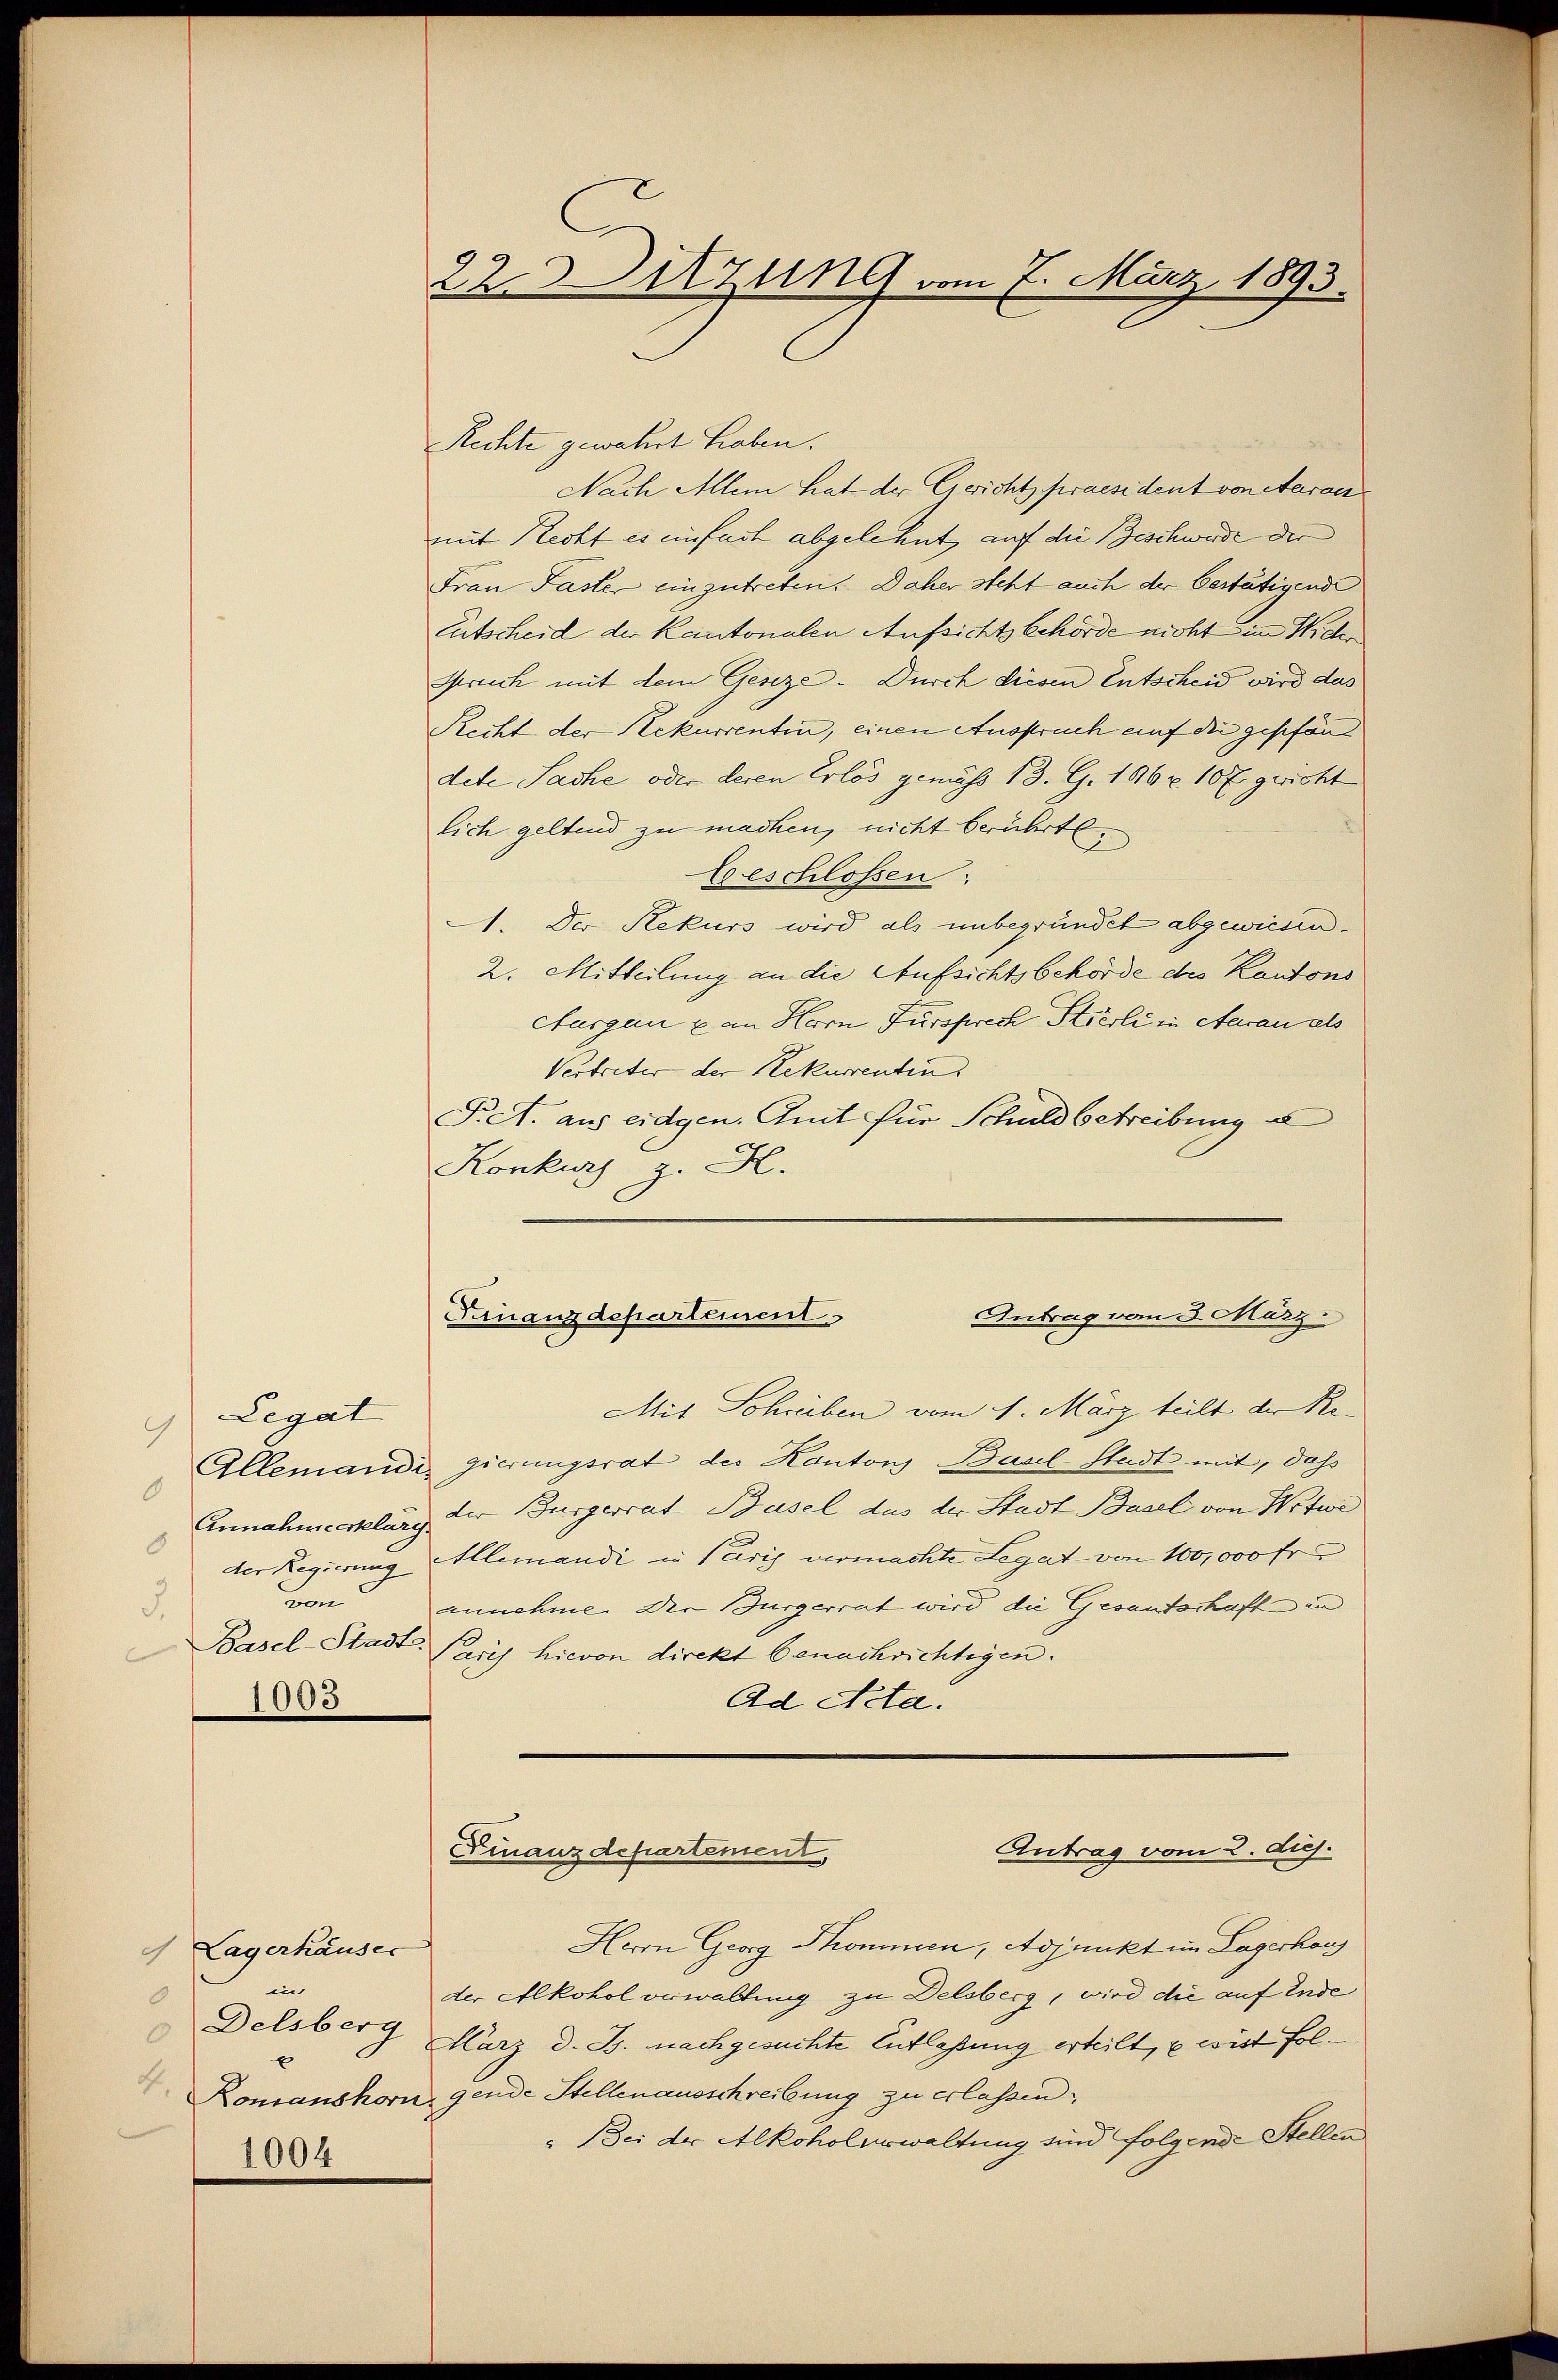
Legat
9
0
Annahmeerklärg.
8
von
3.

1095

1 Lagerhäuser
in
0
Delsberg
4.
1004

22. Sitzung vom 7. März 1893.

Rechte gewahrt haben.
Nach Allem hat der Gericht praesident von Aarau
mit Recht es einfach abgelehnt, auf die Beschwerde der
Frau Faster einzutreten. Daher steht auch der bestätigende
Eutscheid der Kantonalen Aufsichtsbehörde nicht im Wider
Spruch mit dem Geseze . Durch diesen Entscheid wird das
Recht der Rekurrentin, einen Auspruch auf die geschänd
dete Sache oder deren Erlös gemäss 13. G. 196 x 10 f. gericht
lich geltend zu machen, nicht berührte
beschlossen:
1. Der Rekurs wird als unbegründet abgewiesen.
2. Mitteilung an die Aufsichtsbehörde des Kantons
cturgau & an Herrn Fürsprech Stierli in Aarau als
Vertreter der Rekurrentin
Pret. aus eidgen. Amt für Schuldbetreibung e
Konkurs z. H.
Antrag vom 3. März.
Finanzdepartement
Mit Schreiben vom 4. März teilt der Re¬
Allemandi gierungsrat des Kantons Basel-Stadt mit, daß
der Burgerrat Basel dus der Stadt Basel von Notwe
der Regierung Allemandi in Paris vermachte Legat von 100,000 fr
annehme. Die Burgerrat wird die Gesandschaft in
Basel-Stadt Paris hievon direkt benachrichtigen.
Ad Acta.

Antrag vom 2. huj.
Finanzdepartement,

Herrn Georg Thommen, Adjunkt im Lagerhaus
der Alkohol erwaltung zu Delsberg, wird die auf Ende
März d. Js. nachgesuchte Entlaßung erteilt, u es ist fol¬
Romanshorn, gende Stellenausschreibung zu erlassen,
„Bei der Alkoholverwaltung sind folgende Stellen